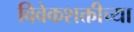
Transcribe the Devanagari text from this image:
विवेकशक्तीच्या